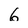
Character: 6